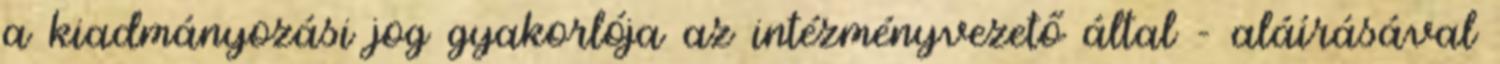
a kiadmányozási jog gyakorlója az intézményvezető által - aláírásával